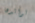
لوالدها